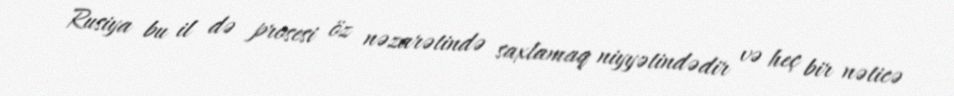
Rusiya bu il də prosesi öz nəzarətində saxlamaq niyyətindədir və heç bir nəticə